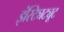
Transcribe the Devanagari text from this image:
इंस्ट्यिट्यूट